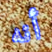
أنه